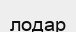
лодар